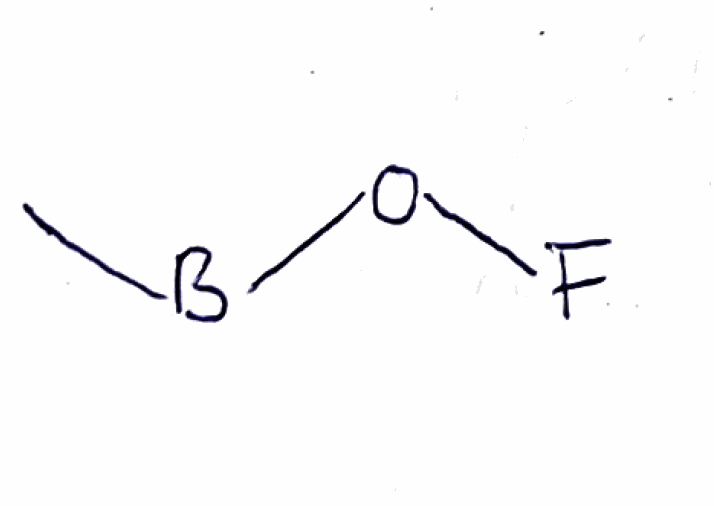
Simplified molecular-input line-entry system (SMILES) notation of the given molecule:
[B](C)OF